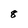
Character: 8